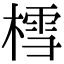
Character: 樰